Tezpur Lunatic Asylum reports 1895-1904 - 1895-1904
Year: 1895
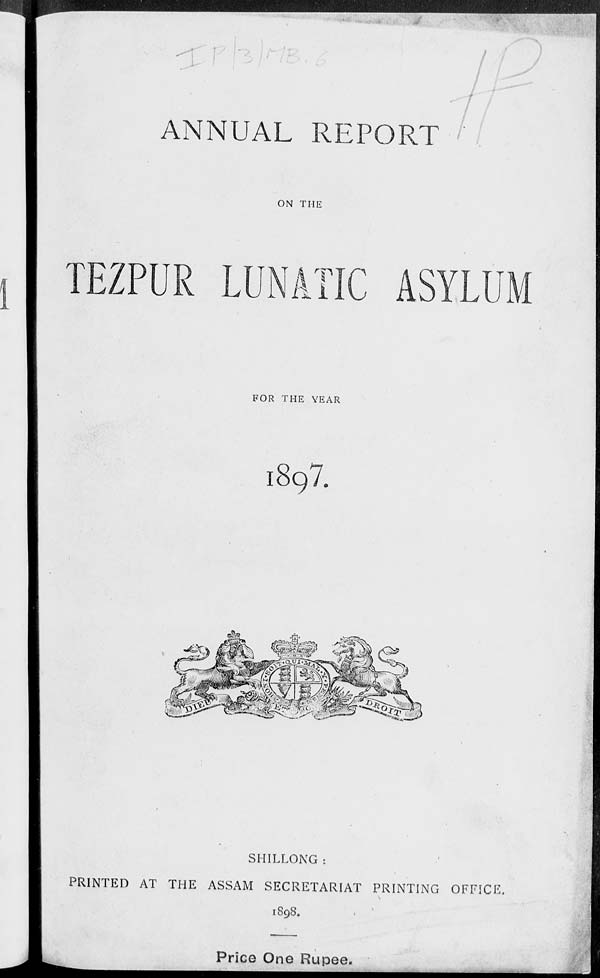
/
ANNUAL REPORT
ON THE
TEZPUR LUNATIC ASYLUM
FOR THE YEAR
l897.
SHILLONG :
PRINTED AT THE ASSAM SECRETARIAT PRINTING OFFICE,
1898.
Price One Rupee.